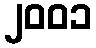
၂၀၀၁